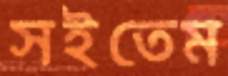
সইতেম